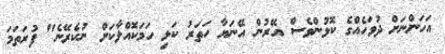
އަހަންނަށް ދުވަހެއްގެ ކޮޅުންވެސް އޭރުން އޭނަޔާ ހަތަރު ކަޅި ހަމަކޮއްލާކަށް ނުކެރޭނެ" ފުރަތަމަ